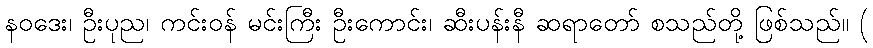
နဝဒေး၊ ဦးပုည၊ ကင်းဝန် မင်းကြီး ဦးကောင်း၊ ဆီးပန်းနီ ဆရာတော် စသည်တို့ ဖြစ်သည်။ (